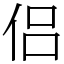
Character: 侣